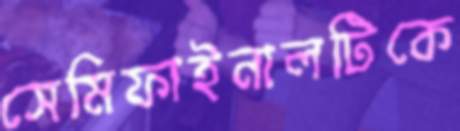
সেমিফাইনালটিকে